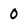
Character: 0